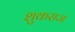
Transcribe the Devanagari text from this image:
शुकराज